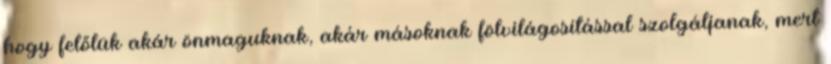
hogy felőlük akár önmaguknak, akár másoknak fölvilágosítással szolgáljanak, mert